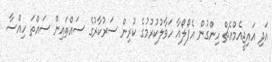
އަދި އައިޖީއެމްއެޗް ހިންގުން އެޕޯލޯއާ ހަވާލުކުރުމުގެ ކުރިން ސަރުކާރުގެ ސައްތައިން ސައްތަ ހިއްސާ